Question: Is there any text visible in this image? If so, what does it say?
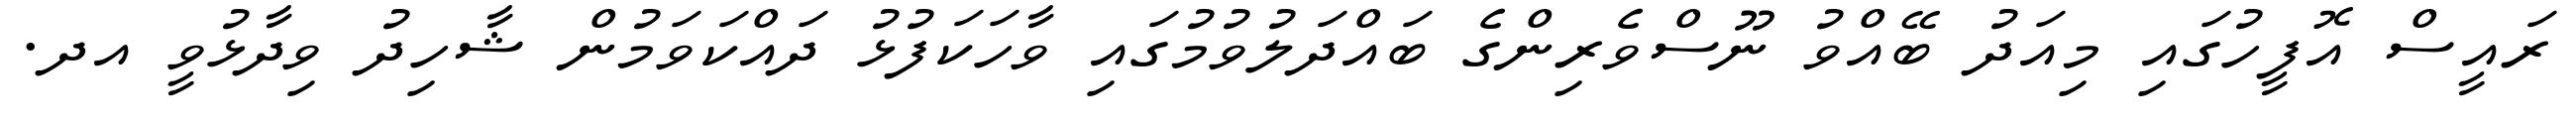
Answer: ރައީސް އޮފީހުގައި މިއަދު ބޭއްވު ނޫސްވެރިންގެ ބައްދަލުވުމުގައި ވާހަކަފުޅު ދައްކަވަމުން ޝާހިދު ވިދާޅުވީ އދ.